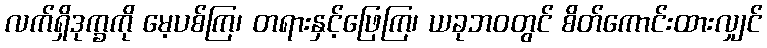
လက်ရှိဒုက္ခကို မေ့ပစ်ကြ၊ တရားနှင့်ဖြေကြ၊ ယခုဘဝတွင် စိတ်ကောင်းထားလျှင်